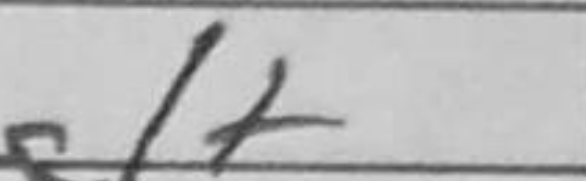
Transcription: Qg1+